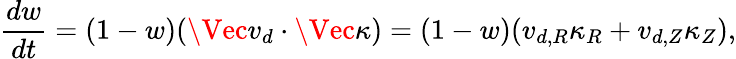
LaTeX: \frac{dw}{dt}=(1-w)(\Vec{v}_{d}\cdot\Vec{\kappa})=(1-w)(v_{d,R}\kappa_{R}+v_{d,Z}\kappa_{Z}),